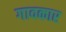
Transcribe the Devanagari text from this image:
गावकार